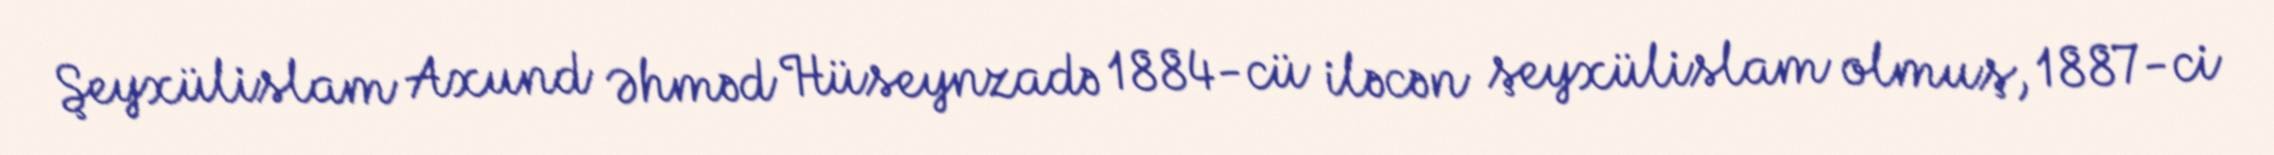
Şeyxülislam Axund Əhməd Hüseynzadə 1884-cü iləcən şeyxülislam olmuş, 1887-ci